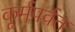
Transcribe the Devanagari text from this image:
कूर्मपर्वत